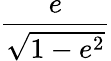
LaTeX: \frac{e}{\sqrt{1-e^{2}}}